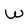
Character: W